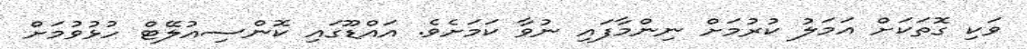
ވަކި ގޮތަކަށް އަމަލު ކުރުމަށް ނިންމާފައި ނުވާ ކަމަށެވެ. އައްޑޫގައި ކޮންސިއުލޭޓް ހުޅުވުމަށް